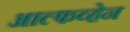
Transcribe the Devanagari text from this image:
आल्फव्हेन